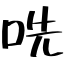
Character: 𫩱